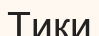
Тики